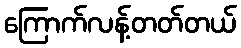
ကြောက်လန့်တတ်တယ်